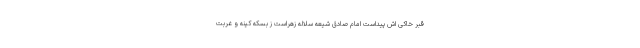
قبر خاکى اش پیداست امام صادق شیعه سلاله زهراست ز بسکه کینه و غربت